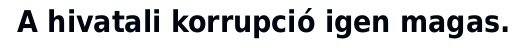
A hivatali korrupció igen magas.